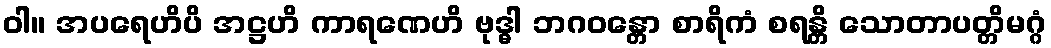
ဝါ။ အပရေဟိပိ အဋ္ဌဟိ ကာရဏေဟိ ဗုဒ္ဓါ ဘဂဝန္တော စာရိကံ စရန္တိ သောတာပတ္တိမဂ္ဂံ